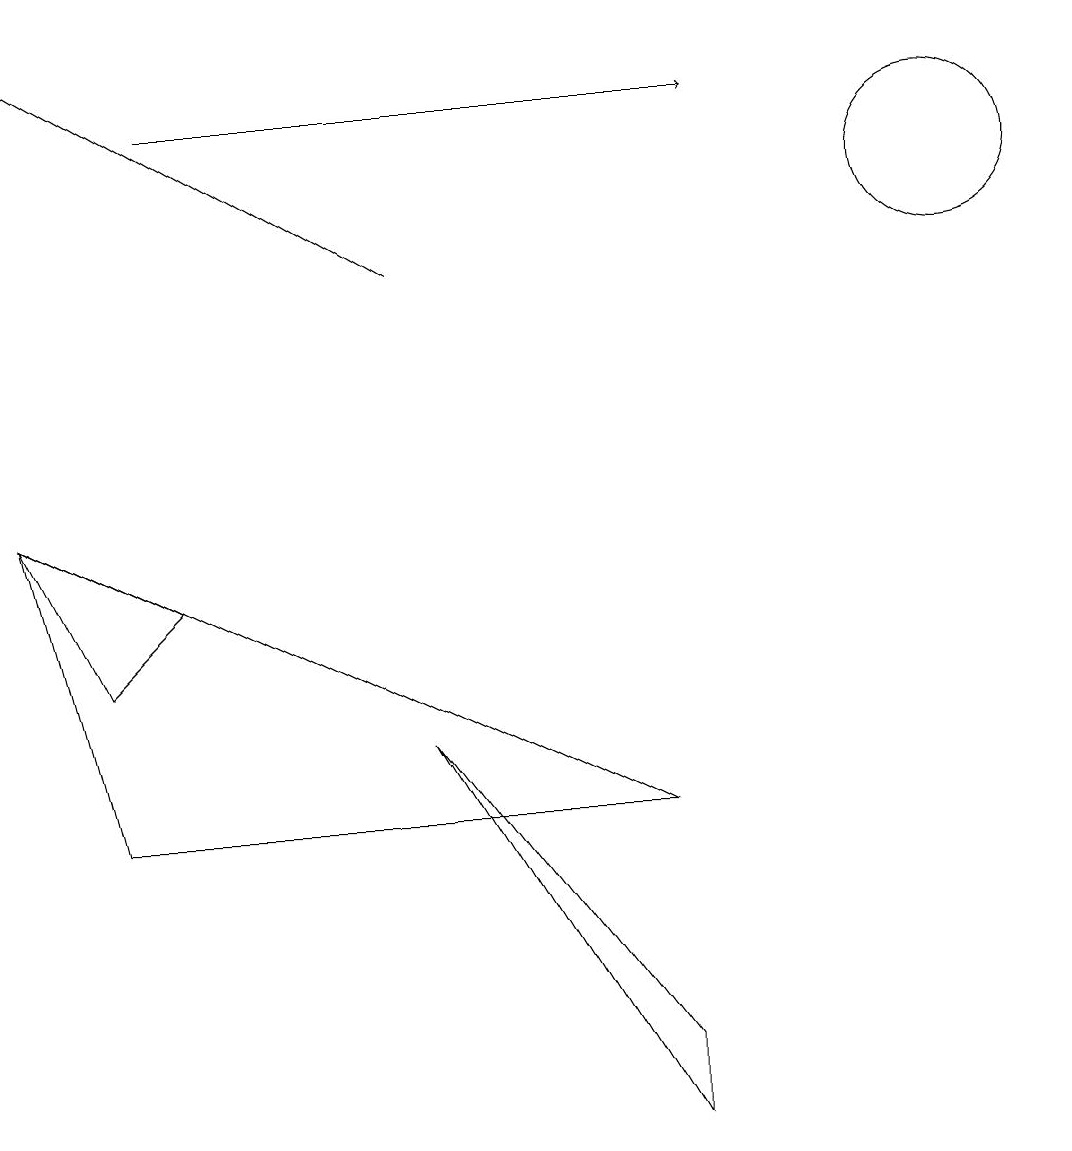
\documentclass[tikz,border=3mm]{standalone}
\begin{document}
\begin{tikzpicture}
\draw (0,8) -- (2,7) -- (1,6) -- cycle;
\draw (12,12) circle (1);
\draw (8,4) -- (1,4) -- (0,8) -- cycle;
\draw[->] (2,13) -- (9,13);
\draw (10,12) circle (0);
\draw (8,1) -- (8,0) -- (5,5) -- cycle;
\draw[->] (5,11) -- (0,14);
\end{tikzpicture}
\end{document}